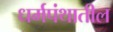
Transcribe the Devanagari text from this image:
धर्मपंथातील